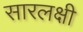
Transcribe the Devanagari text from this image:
सारलक्षी